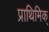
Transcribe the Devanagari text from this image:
प्राथिमिक्